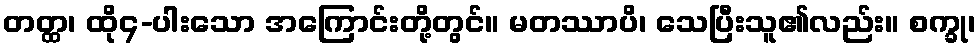
တတ္ထ၊ ထို၄-ပါးသော အကြောင်းတို့တွင်။ မတဿာပိ၊ သေပြီးသူ၏လည်း။ စက္ခု၊